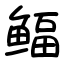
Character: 鲾